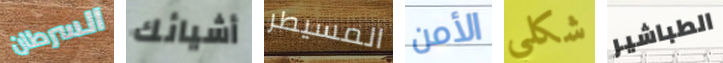
السرطان أشيائك المسيطر الأمن شكلي الطباشير